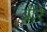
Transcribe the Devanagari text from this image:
ब्रीरे